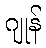
ဂျုန်